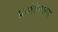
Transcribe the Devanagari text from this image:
प्राणोंपासना